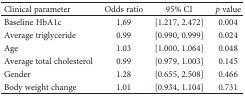
<table><thead><tr><td><b>Clinical parameter</b></td><td><b>Odds ratio</b></td><td><b>95% CI</b></td><td><b><i>p</i> value</b></td></tr></thead><tbody><tr><td>Baseline HbA1c</td><td>1.69</td><td>[1.217, 2.472]</td><td>0.004</td></tr><tr><td>Average triglyceride</td><td>0.99</td><td>[0.990, 0.999]</td><td>0.024</td></tr><tr><td>Age</td><td>1.03</td><td>[1.000, 1.064]</td><td>0.048</td></tr><tr><td>Average total cholesterol</td><td>0.99</td><td>[0.979, 1.003]</td><td>0.145</td></tr><tr><td>Gender</td><td>1.28</td><td>[0.655, 2.508]</td><td>0.466</td></tr><tr><td>Body weight change</td><td>1.01</td><td>[0.934, 1.104]</td><td>0.731</td></tr></tbody></table>